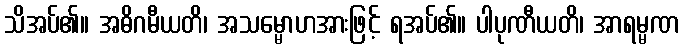
သိအပ်၏။ အဓိဂမီယတိ၊ အသမ္မောဟအားဖြင့် ရအပ်၏။ ပါပုဏီယတိ၊ အာရမ္မဏ